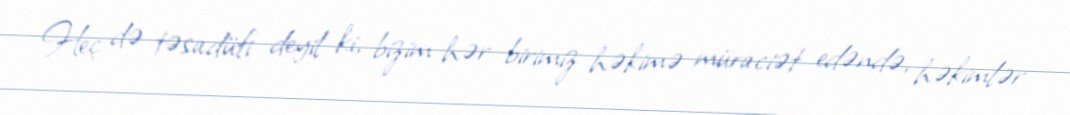
Heç də təsadüfi deyil ki, bizim hər birimiz həkimə müraciət edəndə, həkimlər